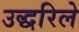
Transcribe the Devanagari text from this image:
उद्धरिले